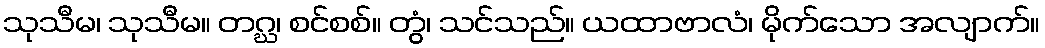
သုသီမ၊ သုသီမ။ တဂ္ဃ၊ စင်စစ်။ တွံ၊ သင်သည်။ ယထာဗာလံ၊ မိုက်သော အလျာက်။